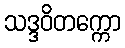
သဒ္ဒဝိတက္ကော